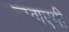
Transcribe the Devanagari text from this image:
करवाएगी